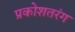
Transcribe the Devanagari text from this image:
प्रकोशतरंग